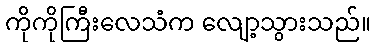
ကိုကိုကြီးလေသံက လျော့သွားသည်။